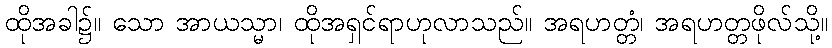
ထိုအခါ၌။ သော အာယသ္မာ၊ ထိုအရှင်ရာဟုလာသည်။ အရဟတ္တံ၊ အရဟတ္တဖိုလ်သို့။